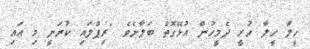
ހީލާ ހީލާ ހުރީ ދެމީހުން އުޅޭގޮތް ބަލާށެވެ. "ރިޕްލައި ކުރަނީ މި އައި